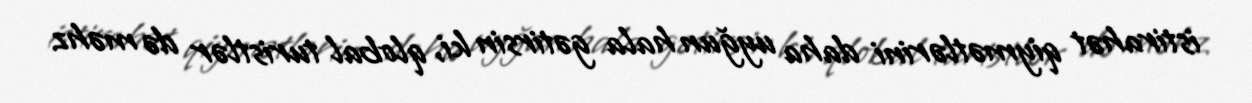
istirahət qiymətlərini daha uyğun hala gətirsin ki, qlobal turistlər də məhz